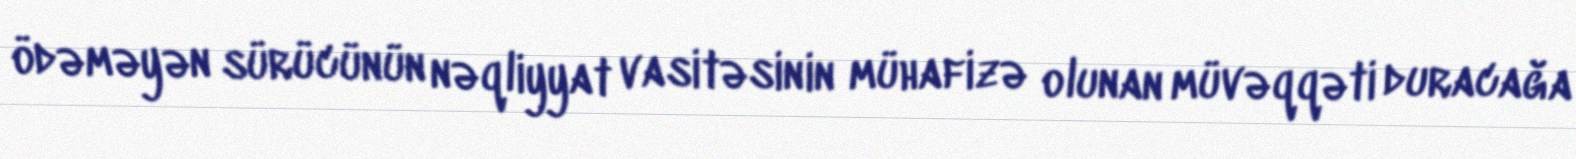
ödəməyən sürücünün nəqliyyat vasitəsinin mühafizə olunan müvəqqəti duracağa